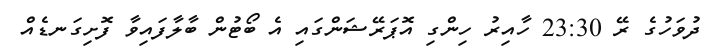
ދުވަހުގެ ރޭ 23:30 ހާއިރު ހިންގި އޮޕަރޭޝަންގައި އެ ބޯޓުން ބާލާފައިވާ ފޮށިގަނޑެއް